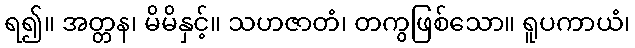
ရ၍။ အတ္တန၊ မိမိနှင့်။ သဟဇာတံ၊ တကွဖြစ်သော။ ရူပကာယံ၊